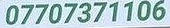
07707371106